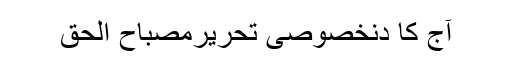
آج کا دنخصوصی تحریرمصباح الحق